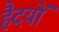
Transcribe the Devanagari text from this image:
हैदयों